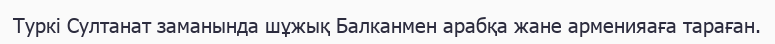
Туркi Султанат заманында шұжық Балканмен арабқа жане арменияаға тараған.